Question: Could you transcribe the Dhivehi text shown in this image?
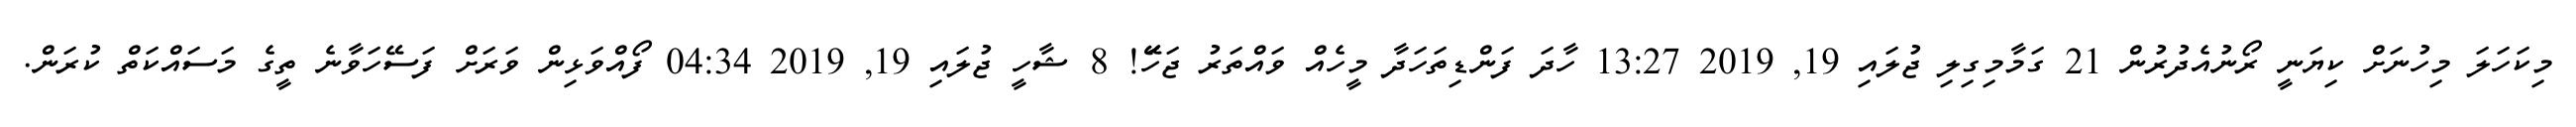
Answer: މިކަހަލަ މިހުނަށް ކިޔަނީ ރޯނުއެދުރުން 21 ގަމާމިގިލި ޖުލައި 19, 2019 13:27 ހާދަ ފަންޑިތަހަދާ މީހެއް ވައްތަރު ޖަހަަޭ! 8 ޝާހީ ޖުލައި 19, 2019 04:34 ފޯއްވަޅިން ވަރަށް ފަސޭހަވާނެ ތީގެ މަސައްކަތް ކުރަން.